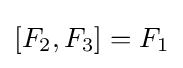
[F_{2},F_{3}]=F_{1}